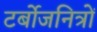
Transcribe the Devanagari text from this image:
टर्बोजनित्रों